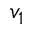
v _ { 1 }